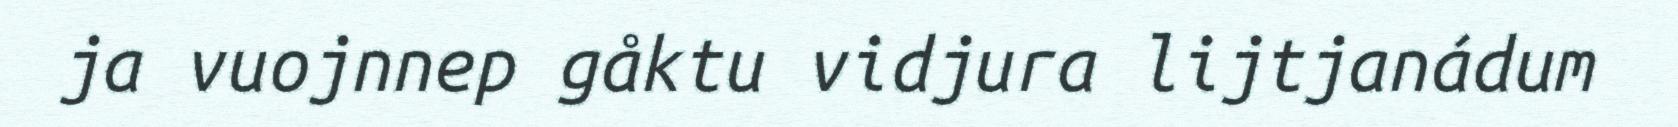
ja vuojnnep gåktu vidjura lijtjanádum